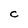
Character: C